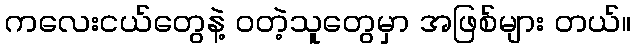
ကလေးငယ်တွေနဲ့ ဝတဲ့သူတွေမှာ အဖြစ်များ တယ်။